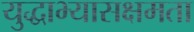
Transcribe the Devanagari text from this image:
युद्धाभ्यासक्षमता